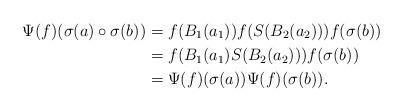
LaTeX: \begin{align*}\Psi(f)(\sigma(a)\circ \sigma(b))&=f(B_1(a_1))f(S(B_2(a_2)))f(\sigma(b))\\&=f(B_1(a_1)S(B_2(a_2)))f(\sigma(b))\\&=\Psi(f)(\sigma(a))\Psi(f)(\sigma(b)).\end{align*}